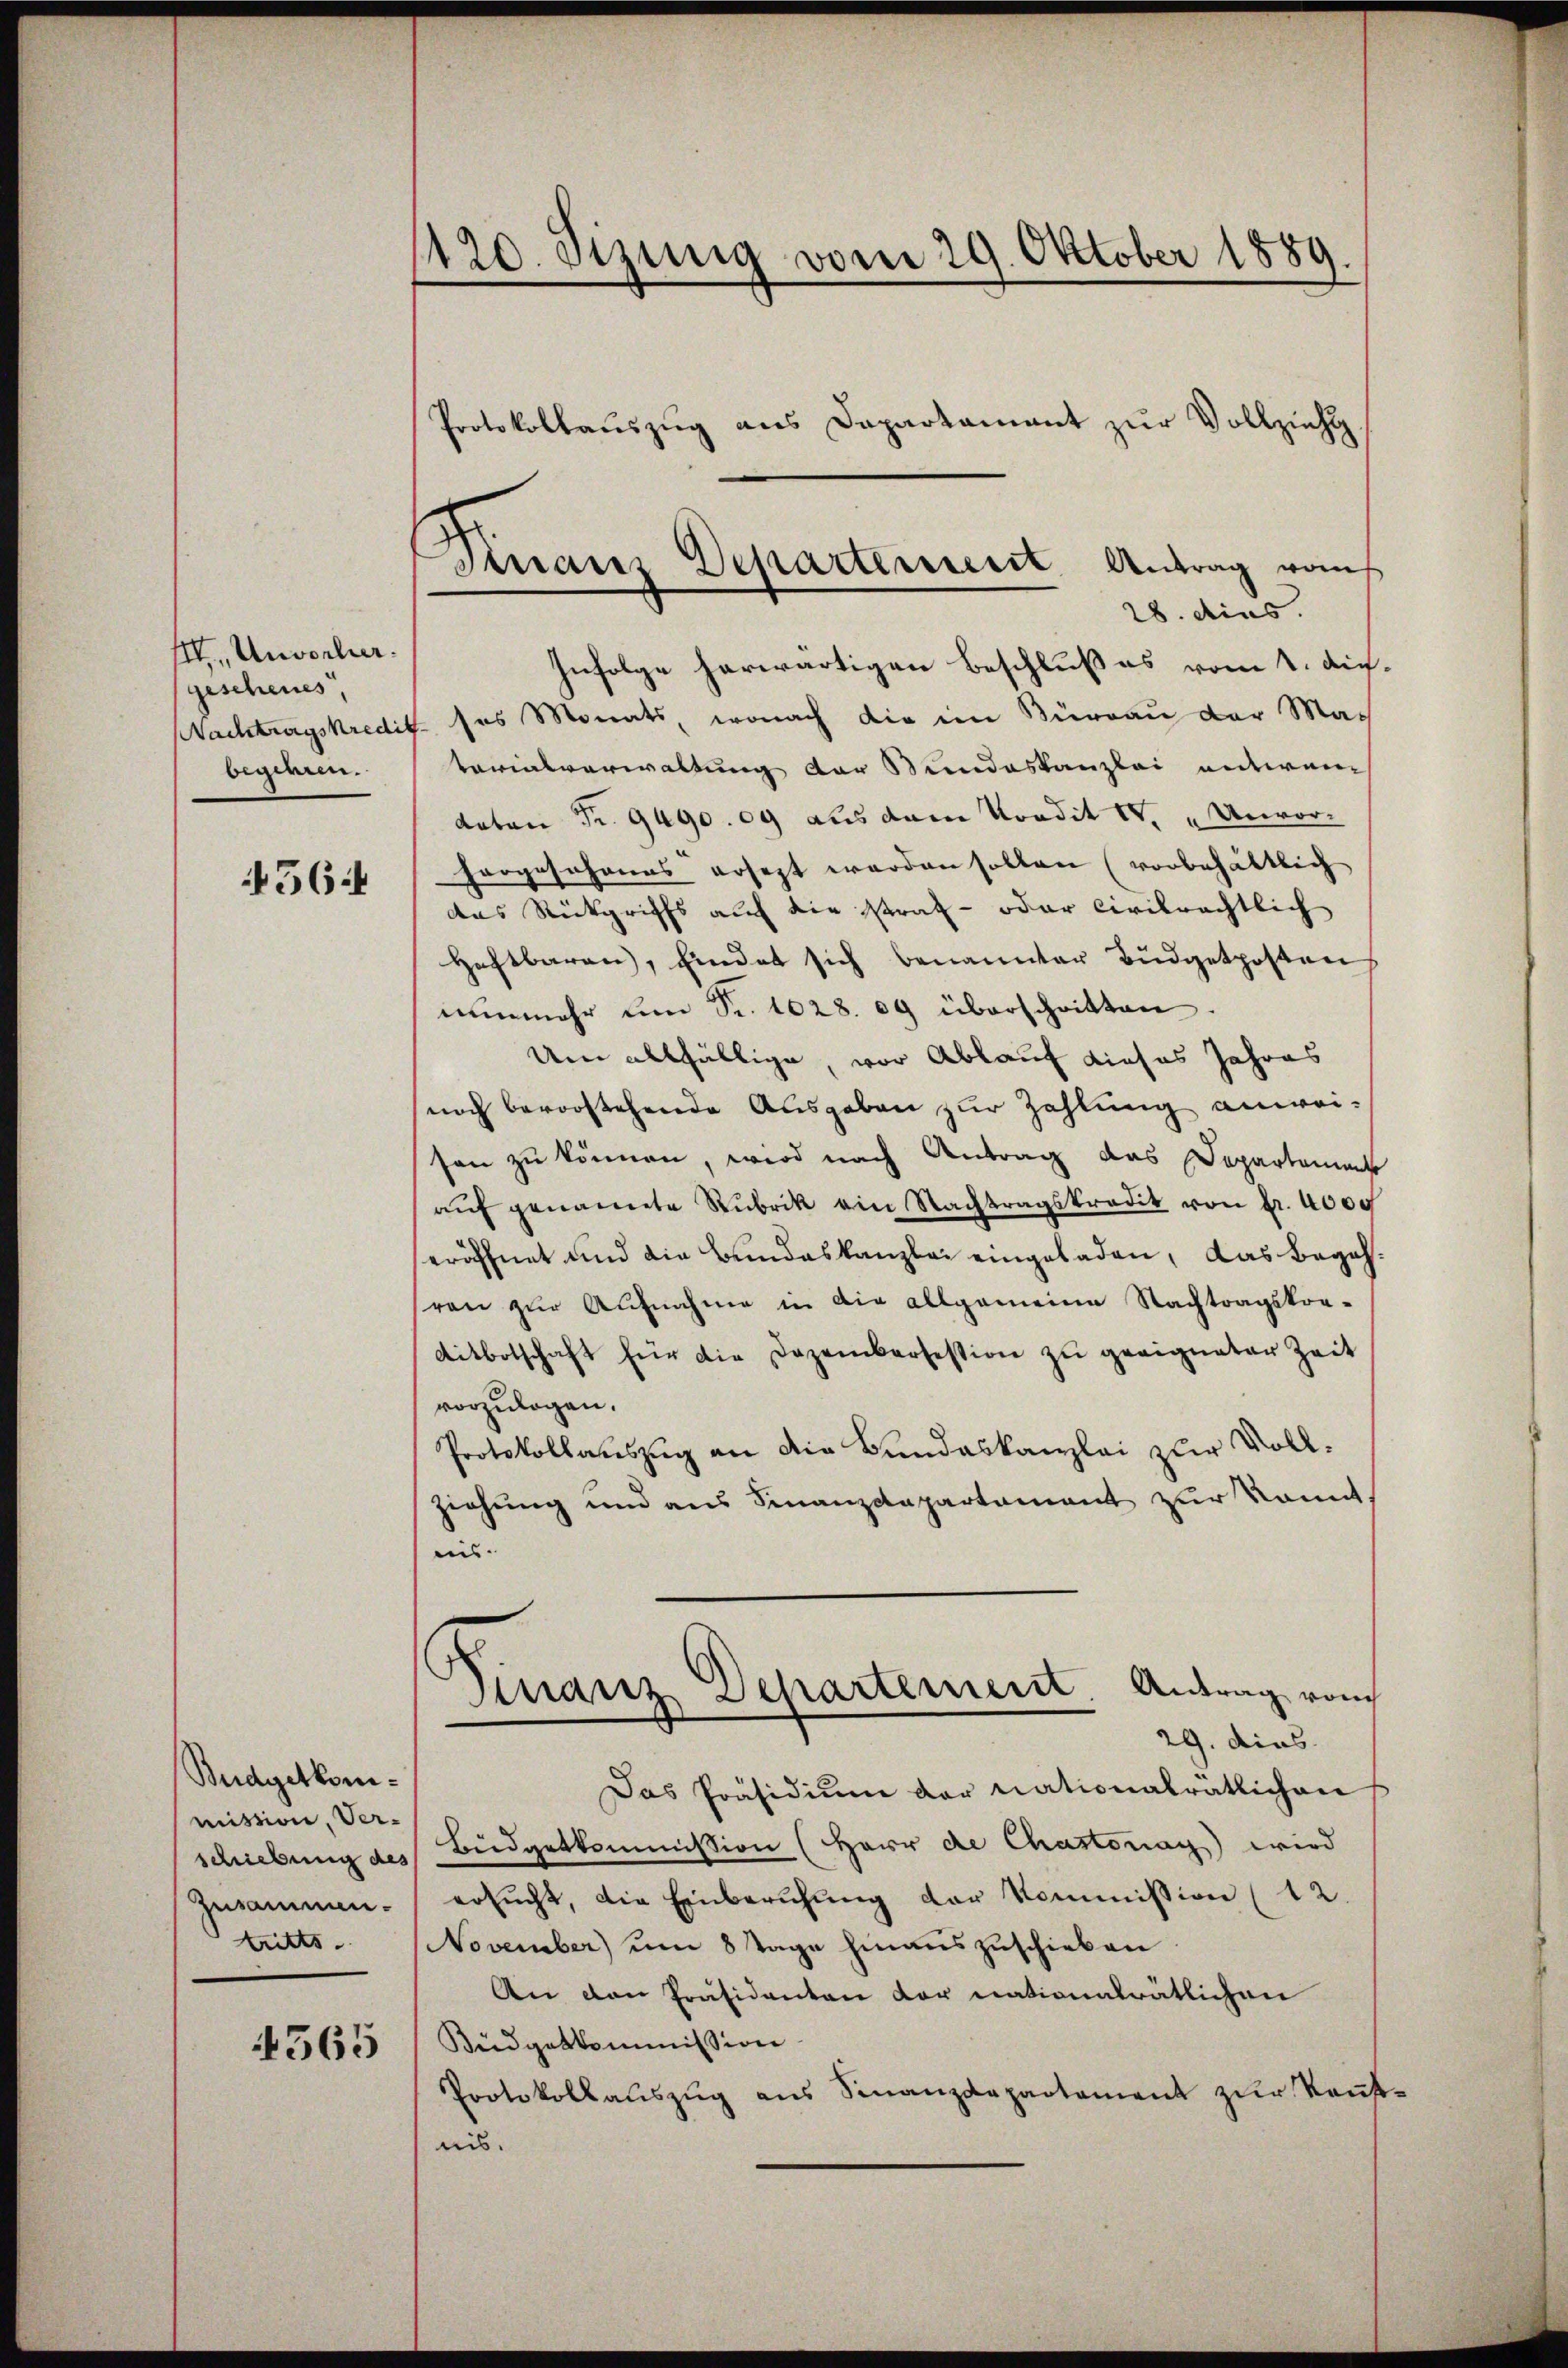
III. Unvorlier.
gescheues
Nachtragskredit
begieren.

56

Budgetkommission Ver-
schiebung des
Zusammen.
tritts

565

120. Jizung vom 29. Oktober 1889
Protokollauszug aus Dapartament zur Vollziehu

Finanz Departement. Antrag vo
28. dies.

Infolge herwärtigen Beschlußes vom 1. Au-
 ses Monats, wonach die im Büreau der Mas
tarialverwaltung der Bundeskanzlei entwen
doton Fr. 9490. 09 aus dem Kondit V. „Unvorhorgosohanns ersezt werden sollen (vorbehältlich
das Rückgriffs auf die straf- oder Civilrechtlich
Haftbaren, findet sich benannter Büdgetposten
nunmehr um Sr. 1628. 09 überschritten
Um allfällige, vor Ablauf dieses Jahres
noch bevorstehende Ausgaben zur Zahlung anweison zu können, wird nach Antrag das Departement
aŭf genannte Rubrik ein Nachtragskredit von Fr. 4000
eröffnet und die Bundeskanzlei eingeladen, das Begehvon zur Aufnahme in die allgemeine Nachtragskor-
Aitbotschaft für die Dezembersession zu geeigneter Zeit
vorzulegen.
Protokollauszug an die Bundeskanzlei zur Vollziehung und aus Finanzdepartament zur konnt
uis.
Finanz Departement. Antrag vom
29. dies
Das Präsidium der nationalrätlichen
Hudgetkommission (Herr de Chastonag) wird
ersŭcht, die Einberŭhŭng der Kommission (12.
November) um 8 Tage hinauszuschieben
An den Präsidenten der nationalrätlichen
Büdgetkommission
Protokollauszug aus Finanzdepartement zur Kaufnis.